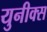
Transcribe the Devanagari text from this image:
युनीक्स